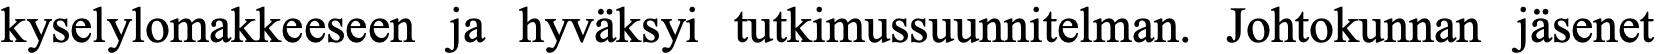
kyselylomakkeeseen ja hyväksyi tutkimussuunnitelman. Johtokunnan jäsenet